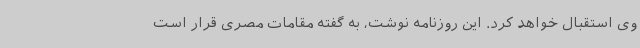
وی استقبال خواهد کرد. این روزنامه نوشت، به گفته مقامات مصری قرار است